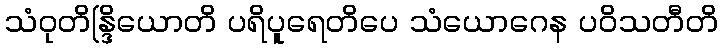
သံဝုတိန္ဒြိယောတိ ပရိပူရေတိပေ သံယောဂေန ပဝိသတီတိ